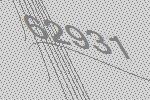
62931